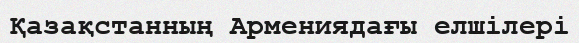
Қазақстанның Армениядағы елшілері